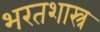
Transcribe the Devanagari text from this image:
भरतशास्त्र